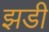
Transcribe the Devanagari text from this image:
झडी